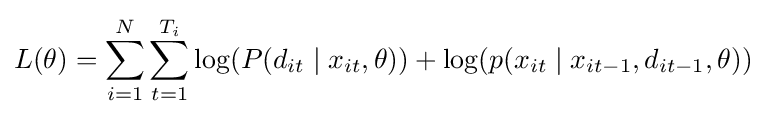
L(\theta )=\sum _{i=1}^{N}\sum _{t=1}^{T_{i}}\log(P(d_{it}\mid x_{it},\theta ))+\log(p(x_{it}\mid x_{it-1},d_{it-1},\theta ))